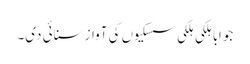
جواباً ہلکی ہلکی سسکیوں کی آواز سنائی دی۔